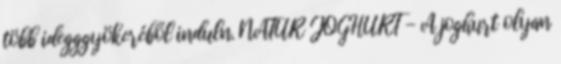
több idegggyökeréből induln. NATUR JOGHURT - A joghurt olyan